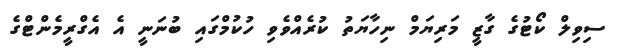
ސިވިލް ކޯޓުގެ ގާޒީ މަރިޔަމް ނިހާޔަތު ކުރެއްވެވި ހުކުމްގައި ބުނަނީ އެ އެގްރީމެންޓްގެ